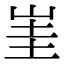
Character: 𡷅